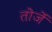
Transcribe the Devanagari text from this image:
तोर्जे